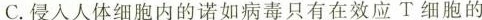
C.侵入人体细胞内的诺如病毒只有在效应T细胞的